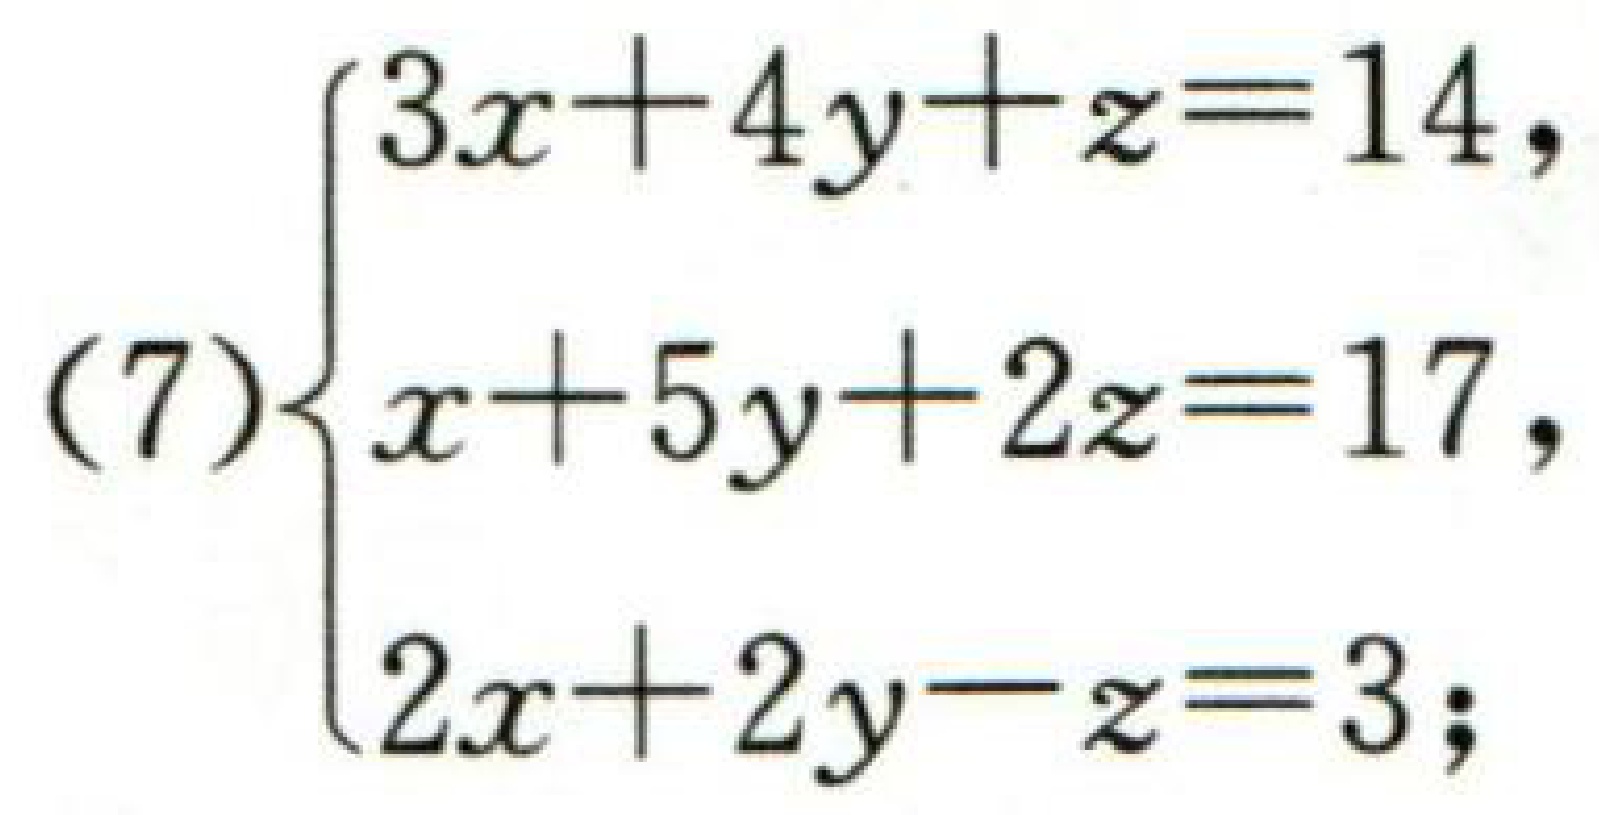
\((7)\begin{cases}3x + 4y+z = 14,\\x + 5y + 2z = 17,\\2x + 2y - z = 3;\end{cases}\)